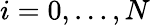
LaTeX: i=0,\dots,N